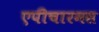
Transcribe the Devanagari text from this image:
एपीचारमस